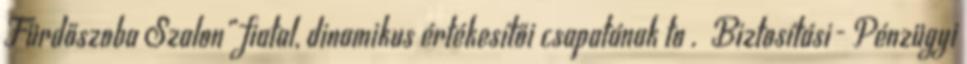
Fürdőszoba Szalon” fiatal, dinamikus értékesítői csapatának to . Biztosítási- Pénzügyi